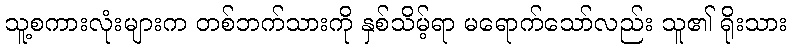
သူ့စကားလုံးများက တစ်ဘက်သားကို နှစ်သိမ့်ရာ မရောက်သော်လည်း သူ၏ ရိုးသား